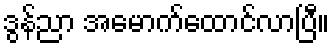
ဒွန်ညာ အမောက်ထောင်လာပြီ။